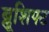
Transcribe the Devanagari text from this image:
ब्लूशिफ्ट